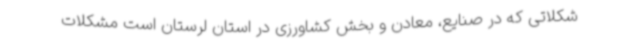
شکلاتی که در صنایع، معادن و بخش کشاورزی در استان لرستان است مشکلات